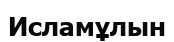
Исламұлын